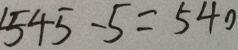
5 4 5 - 5 = 5 4 0